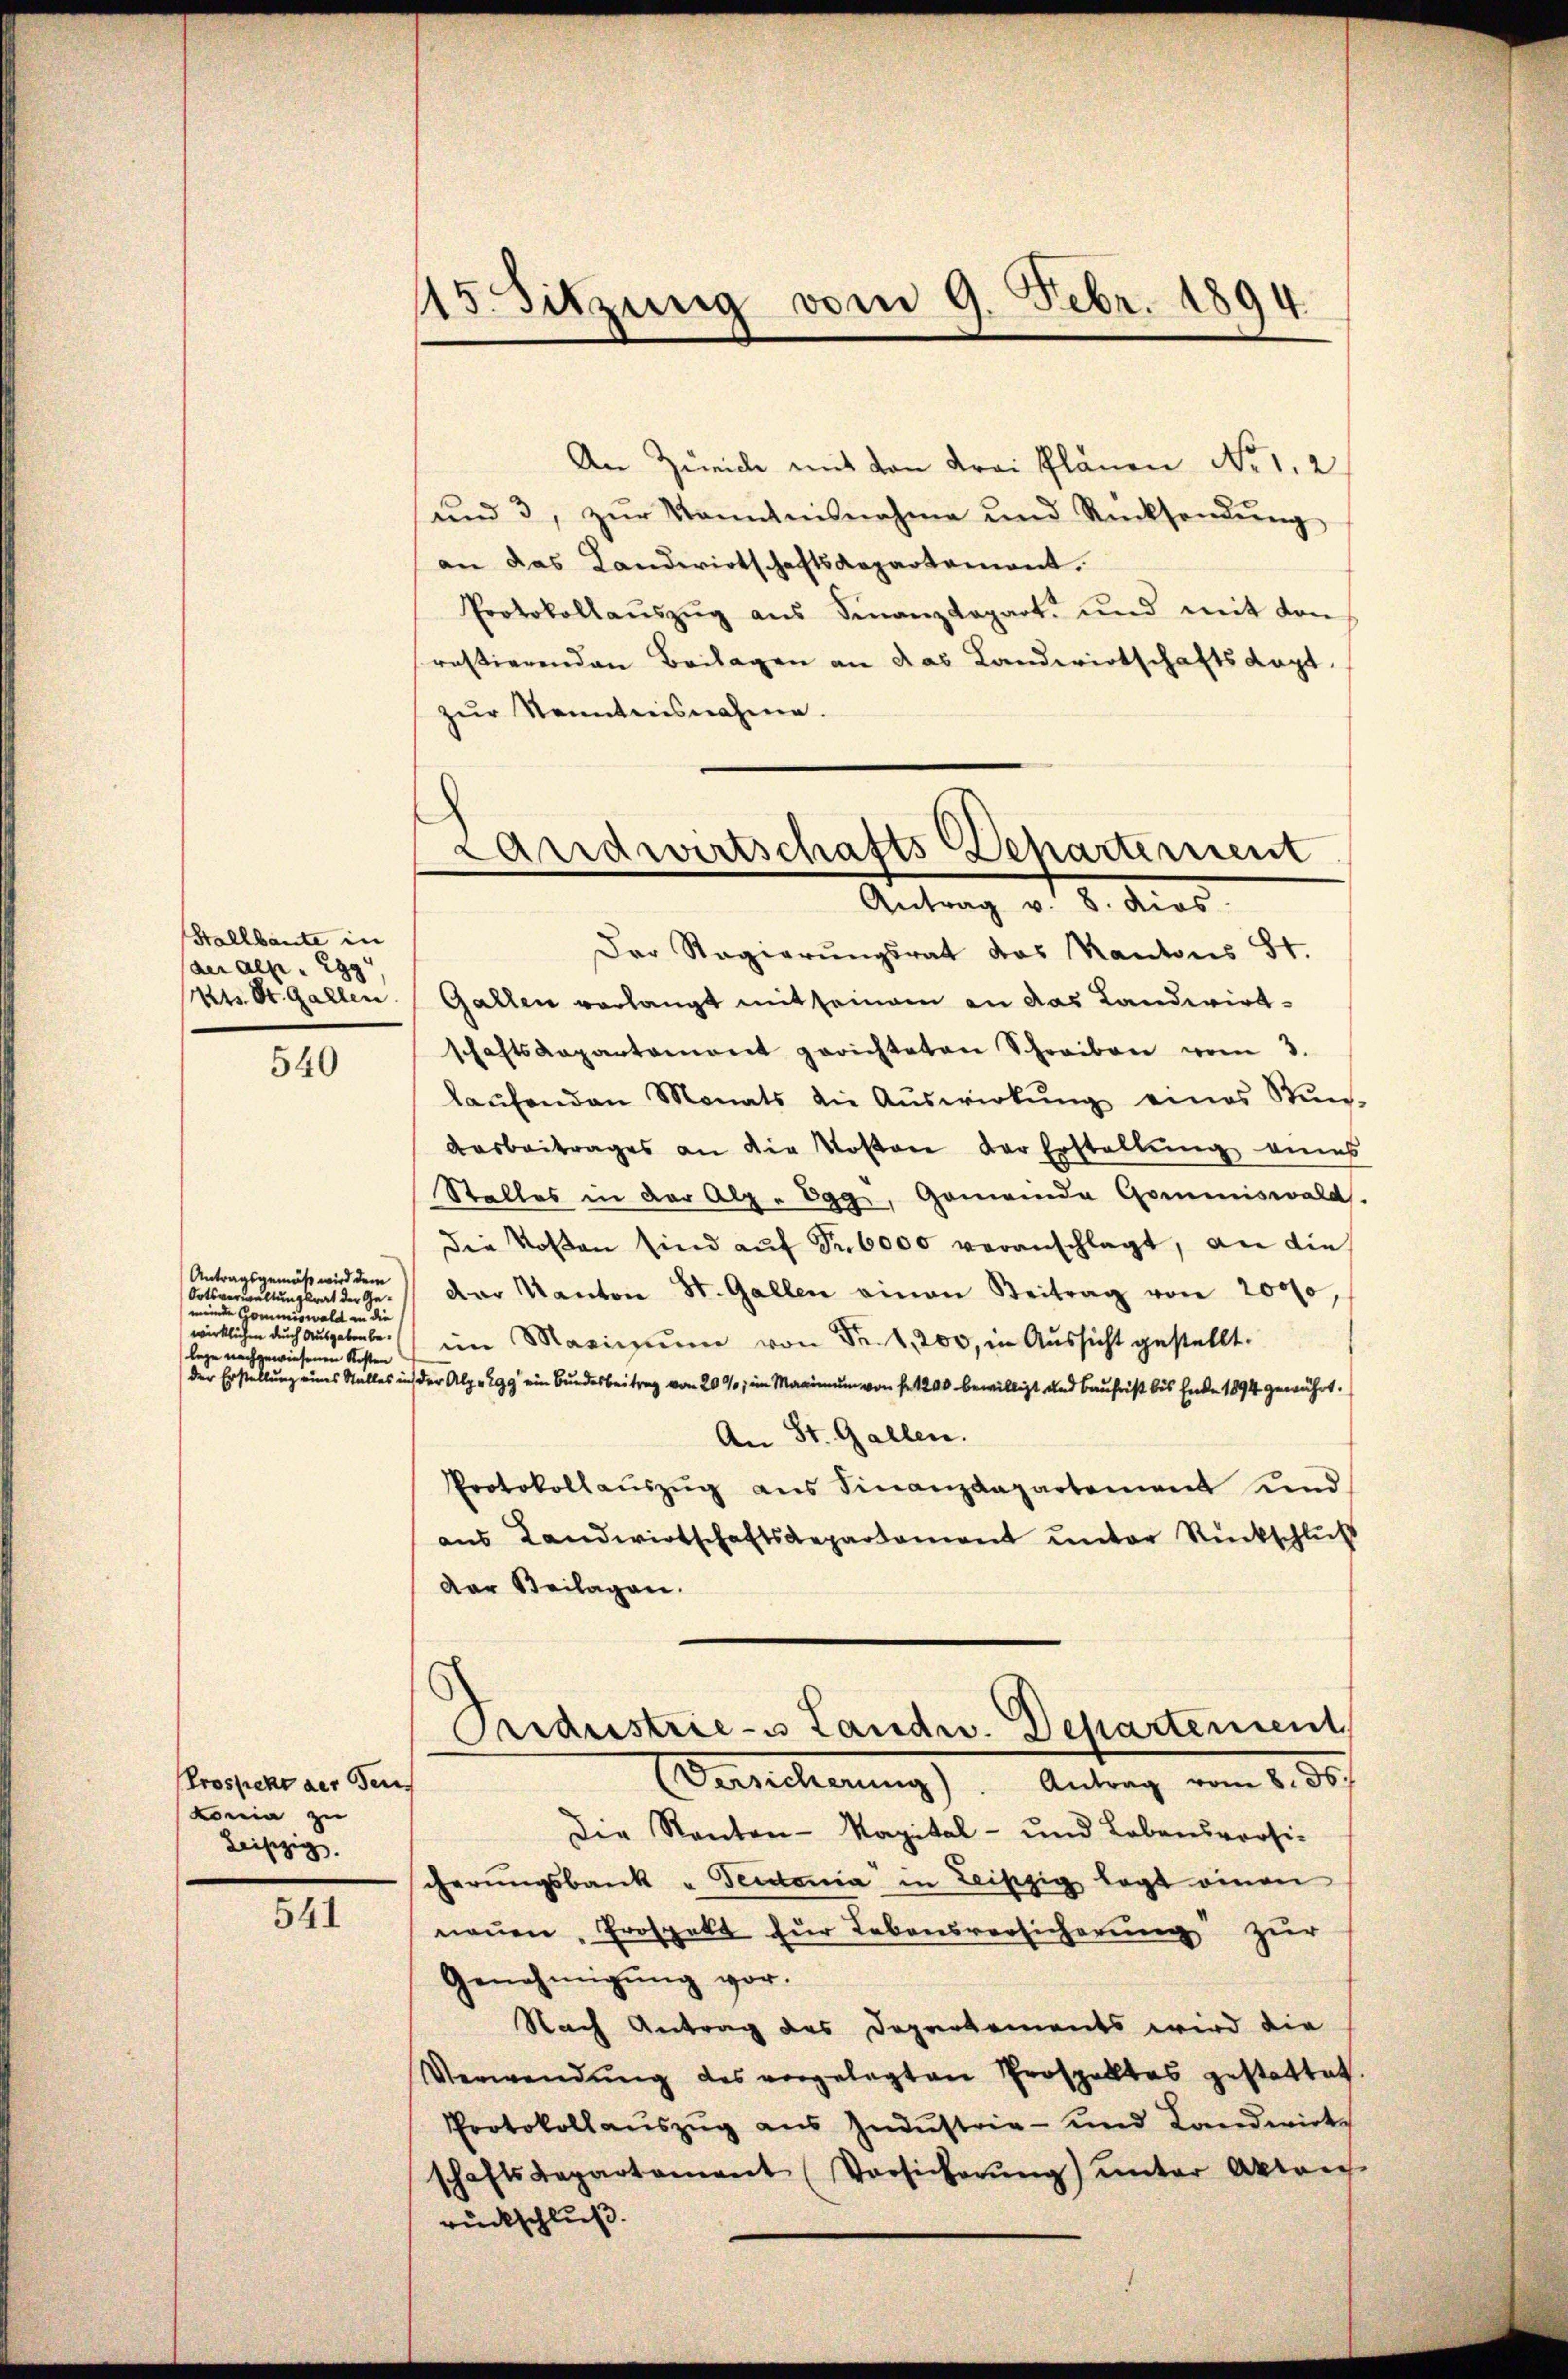
Stallbaute in
der als g
Kts. St. Gallen.

540

Antragsgemäß wird dem
Ortsverwaltungsrat der Gemeinde Commiswald in die
wirklichen durch Ausgaben belege nachgewiesenen Kosten

Prospickt der Feu
Konia zu
Leipzig,

541

15. Sitzung vom 9. Febr. 1894

Landwirtschafts-Departement
Antrag v. 8. dies

An Zürich mit von Frei Plänen No. 1. 2
ŭnd 3, zŭr Kenntnisnahme und Rücksendŭng
an das Landwirtschaftsdepartement.
Protokollaŭszŭg aŭs Finanzdepart und mit von
rastierenden Beilagen an das Landwirtschaftsagt.
zur Kenntnisnahme.
Der Regierŭngsrat das Kantons St.
Gallen verlangt mit seinem an das Landwirtschaftsdepartament gerichteten Schreiben vom 3.
laŭfenden Monats die Aŭswirkŭng eines Stŭn-
Ausbeitrages an die Kostere der Erstellung eines
Stalles in der Alp . Egg, Gemeinda Gommiswald.
Die Kosen sind aŭf Fr. 6000 veranschlagt, an die
dar Kanton St. Gallen einen Beitrag von 20000,
im Maximum von Fr. 1 200, in Aussicht gestellt.
der Erstellung eines Stalles in der Alpe 299 ein Bundesbeitrag von 20 %; im Maximum von fr. 1200 bewilligt und Baufrist bis Ende 1894 gewährt.
An St. Gallen.
Protokollaŭszŭg ans Finanzdepartement und
aus Landwirtschaftsdepartament unter Rückschluß
Dar Beilagen.
8
Pridustrie- Landw. Departement
Versicherung). Antrag vom 8. ds.
Die Kanton-Kapital- und Lebensversischerungsbank u. Teidonia" in Leipzig legt einen
neuen, Prospekt für Lebensversicherung zur
Genehmigŭng vor.
Nach Antrag des Departements wird die
Verwendŭng des vorgelegten Prospaltes gestattet.
Protokollauszug aus Industrie- und Landwirt
schaftsdepartament (Vorsicherŭng ŭnter Akten
rückschluß.